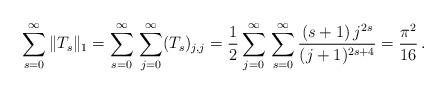
LaTeX: \begin{align*}\sum_{s=0}^{\infty}\|T_{s}\|_{1}=\sum_{s=0}^{\infty}\,\sum_{j=0}^{\infty}(T_{s})_{j,j}=\frac{1}{2}\sum_{j=0}^{\infty}\,\sum_{s=0}^{\infty}\frac{(s+1)\, j^{2s}}{(j+1)^{2s+4}}=\frac{\pi^{2}}{16}\,.\end{align*}